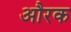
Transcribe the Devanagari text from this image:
औरक